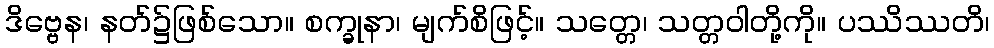
ဒိဗ္ဗေန၊ နတ်၌ဖြစ်သော။ စက္ခုနာ၊ မျက်စိဖြင့်။ သတ္တေ၊ သတ္တဝါတို့ကို။ ပဿိဿတိ၊